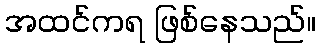
အထင်ကရ ဖြစ်နေသည်။